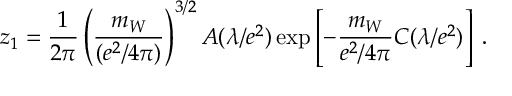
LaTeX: z _ { 1 } = { \frac { 1 } { 2 \pi } } \left( { \frac { m _ { W } } { ( e ^ { 2 } / 4 \pi ) } } \right) ^ { 3 / 2 } A ( \lambda / e ^ { 2 } ) \exp \left[ - { \frac { m _ { W } } { e ^ { 2 } / 4 \pi } } C ( \lambda / e ^ { 2 } ) \right] \; .